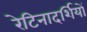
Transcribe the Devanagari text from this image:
रेटिनादर्शियों